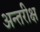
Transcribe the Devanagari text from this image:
अन्तरीक्ष